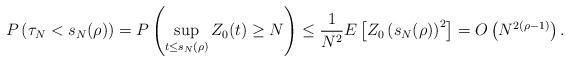
LaTeX: \begin{align*}P\left(\tau_N<s_N(\rho)\right)=P\left(\sup_{t\leq s_N(\rho)}Z_0(t) \geq N\right)\leq \frac{1}{N^2}E\left[Z_0\left(s_N(\rho)\right)^2\right]=O\left(N^{2(\rho-1)}\right). \end{align*}